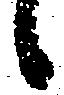
候